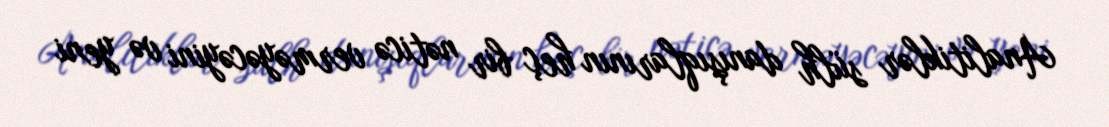
Analitiklər sülh danışıqlarının heç bir nəticə verməyəcəyini və yeni